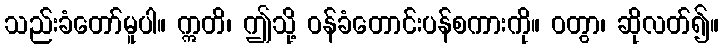
သည်းခံတော်မူပါ။ ဣတိ၊ ဤသို့ ဝန်ခံတောင်းပန်စကားကို။ ဝတွာ၊ ဆိုလတ်၍။